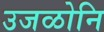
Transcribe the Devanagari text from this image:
उजळोनि